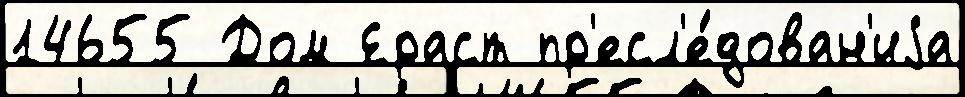
14655 Дом Ераст пр'есл'е́дован'иjа